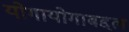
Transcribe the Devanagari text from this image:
योगायोगाबद्दल